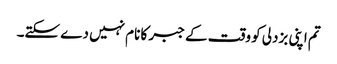
تم اپنی بزدلی کو وقت کے جبر کا نام نہیں دے سکتے۔